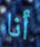
أنا